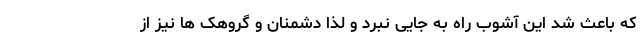
که باعث شد این آشوب راه به جایی نبرد و لذا دشمنان و گروهک ها نیز از